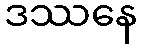
ဒဿနေ